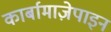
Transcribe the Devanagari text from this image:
कार्बामाज़ेपाइन